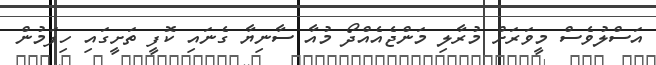
އަސްލުވެސް މީވަރަށް މުރާލި މަންޖެއެއްދޯ މުއާ ސާނިޔާ ގެނައި ކޮފީ ތަށީގައި ހިފަމުން